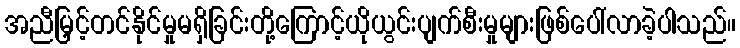
အညီမြှင့်တင်နိုင်မှုမရှိခြင်းတို့ကြောင့်ယိုယွင်းပျက်စီးမှုများဖြစ်ပေါ်လာခဲ့ပါသည်။